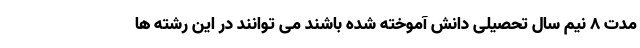
مدت ۸ نیم سال تحصیلی دانش آموخته شده باشند می توانند در این رشته ها